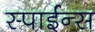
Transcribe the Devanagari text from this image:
स्पाईन्स